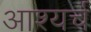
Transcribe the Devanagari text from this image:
आश्यर्च